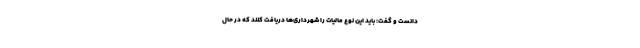
دانست و گفت: باید این نوع مالیات را شهرداری‌ها دریافت کنند که در حال